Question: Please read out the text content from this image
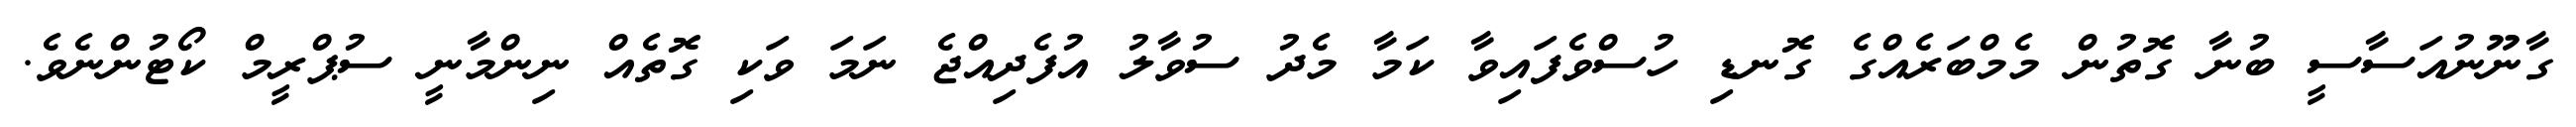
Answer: ގާނޫނުއަސާސީ ބުނާ ގޮތުން މެމްބަރެއްގެ ގޮނޑި ހުސްވެފައިވާ ކަމާ މެދު ސުވާލު އުފެދިއްޖެ ނަމަ ވަކި ގޮތެއް ނިންމާނީ ސުޕްރީމް ކޯޓުންނެވެ.